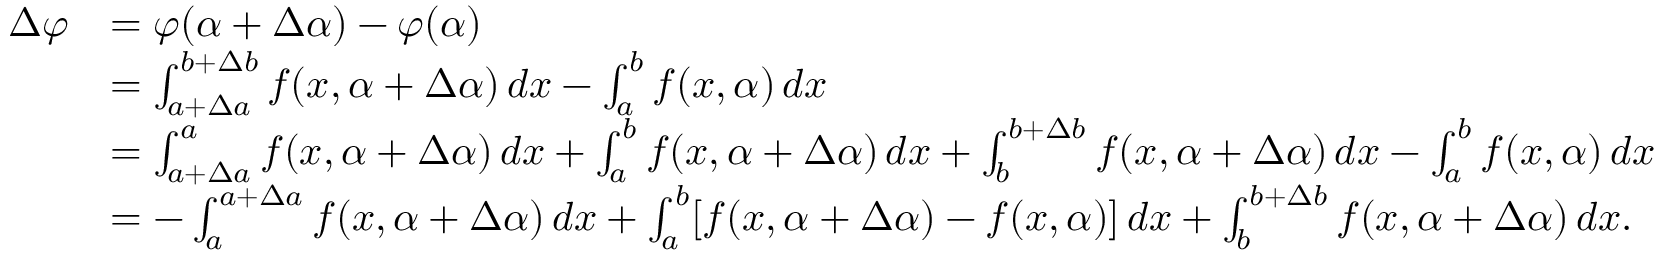
{ \begin{array} { r l } { \Delta \varphi } & { = \varphi ( \alpha + \Delta \alpha ) - \varphi ( \alpha ) } \\ & { = \int _ { a + \Delta a } ^ { b + \Delta b } f ( x , \alpha + \Delta \alpha ) \, d x - \int _ { a } ^ { b } f ( x , \alpha ) \, d x } \\ & { = \int _ { a + \Delta a } ^ { a } f ( x , \alpha + \Delta \alpha ) \, d x + \int _ { a } ^ { b } f ( x , \alpha + \Delta \alpha ) \, d x + \int _ { b } ^ { b + \Delta b } f ( x , \alpha + \Delta \alpha ) \, d x - \int _ { a } ^ { b } f ( x , \alpha ) \, d x } \\ & { = - \int _ { a } ^ { a + \Delta a } f ( x , \alpha + \Delta \alpha ) \, d x + \int _ { a } ^ { b } [ f ( x , \alpha + \Delta \alpha ) - f ( x , \alpha ) ] \, d x + \int _ { b } ^ { b + \Delta b } f ( x , \alpha + \Delta \alpha ) \, d x . } \end{array} }